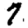
Digit: 7